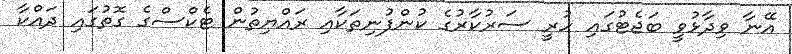
އޭނާ ވިދާޅުވީ ބަޖެޓުގައި ހުރީ ސަރުކާރުގެ ކުންފުނިތަކާއި ރައްޔިތުން ޓެކްސްގެ ގޮތުގައި ދައްކާ